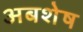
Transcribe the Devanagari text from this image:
अबशेष